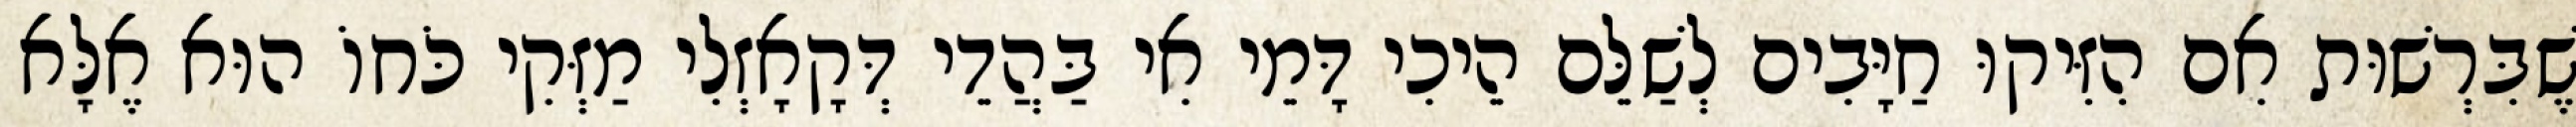
שֶׁבִּרְשׁוּת אִם הִזִּיקוּ חַיָּבִים לְשַׁלֵּם הֵיכִי דָּמֵי אִי בַּהֲדֵי דְּקָאָזְלִי מַזְּקִי כֹּחוֹ הוּא אֶלָּא